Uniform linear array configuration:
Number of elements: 8
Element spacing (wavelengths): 0.75
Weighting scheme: exponential
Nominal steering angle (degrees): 0
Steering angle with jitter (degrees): -0.5012
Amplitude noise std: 0.05
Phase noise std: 0.05

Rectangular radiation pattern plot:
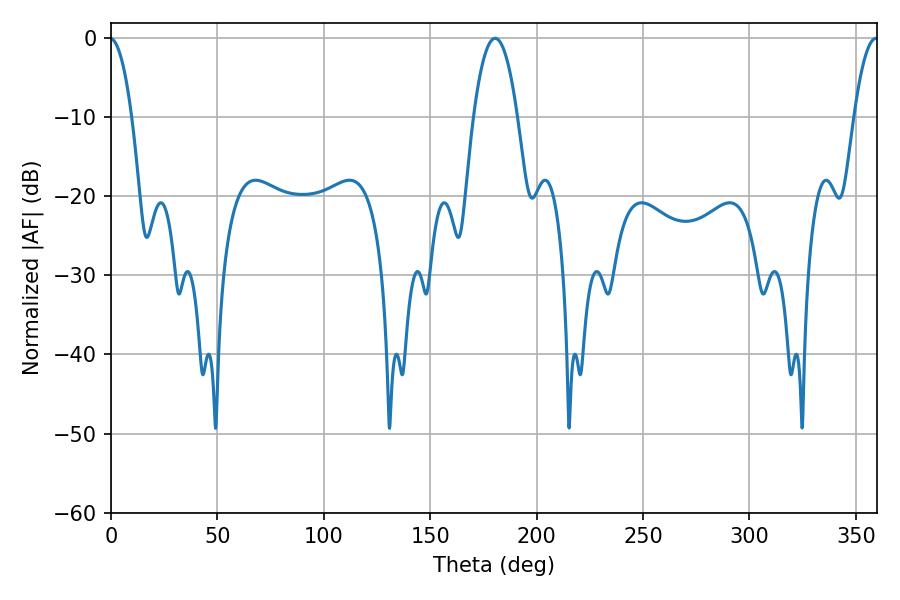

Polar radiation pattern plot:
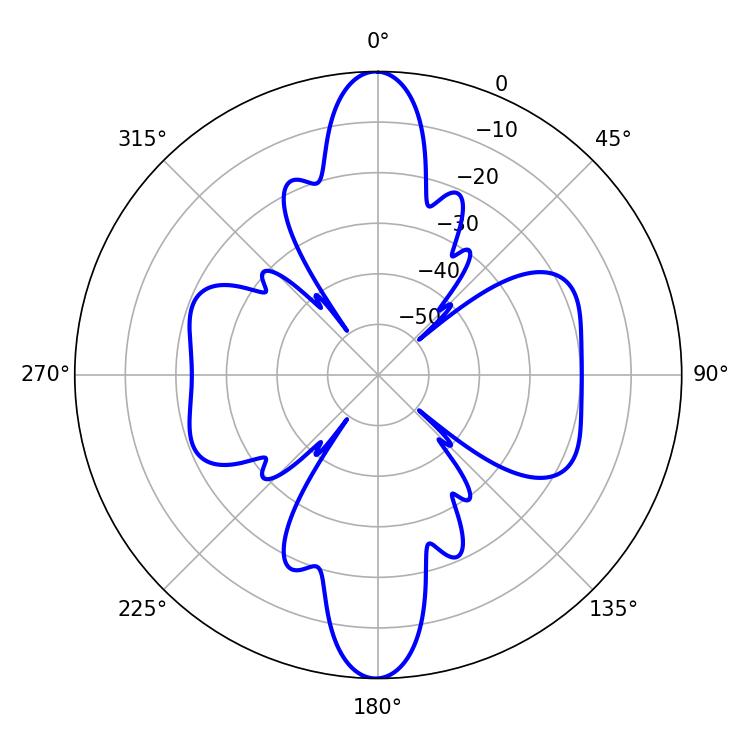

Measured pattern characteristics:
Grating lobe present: TRUE
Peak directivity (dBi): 31.206
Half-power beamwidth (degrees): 11.52
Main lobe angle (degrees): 180.54